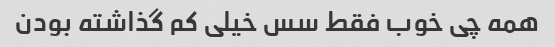
همه چی خوب فقط سس خیلی کم گذاشته بودن